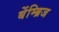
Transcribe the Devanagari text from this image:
बेंम्ब्रिज